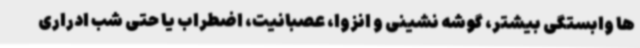
ها وابستگی بیشتر، گوشه نشینی و انزوا، عصبانیت، اضطراب یا حتی شب ادراری